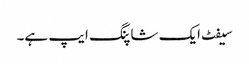
سیفٹ ایک شاپنگ ایپ ہے۔